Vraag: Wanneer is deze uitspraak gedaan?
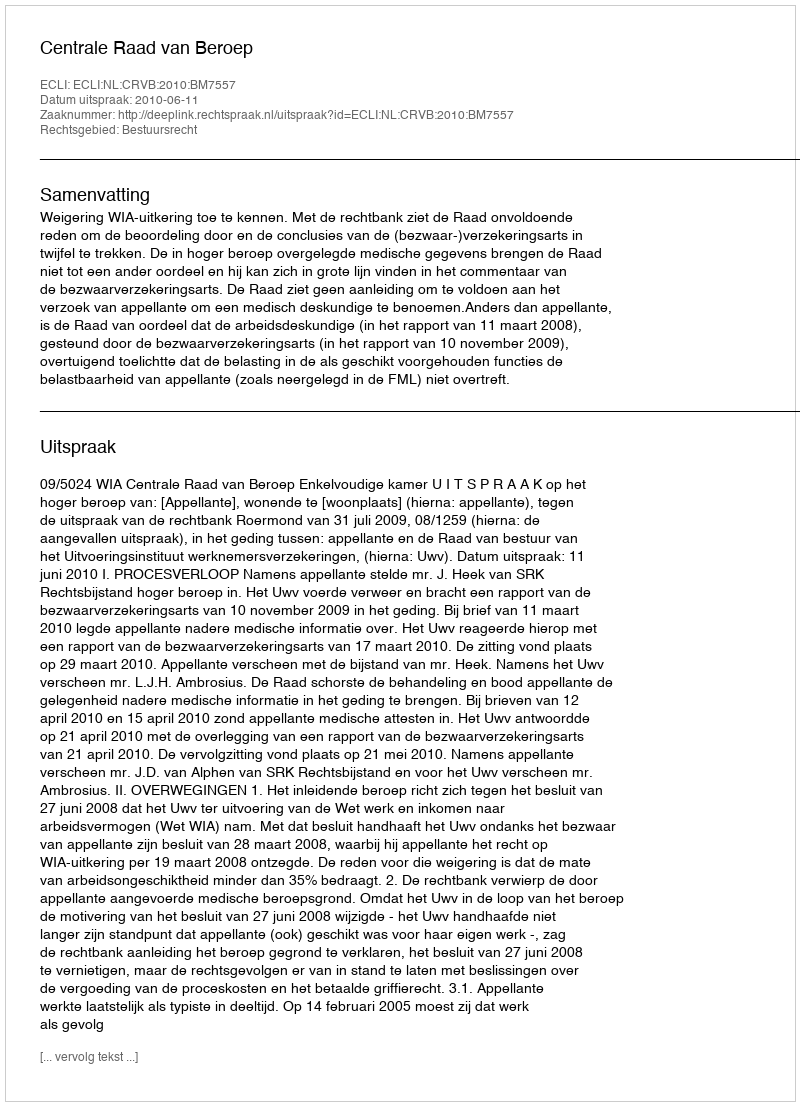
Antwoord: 2010-06-11